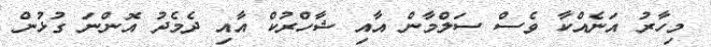
މިހާރު އަނެއްކާ ވެސް ސަލްމާން އާއި ޝާހްރުކް އާއި ދެމެދު އޮންނަ ގުޅުން